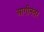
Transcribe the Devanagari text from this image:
आगीनंतर